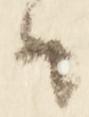
候